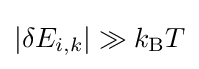
|\delta E_{i,k}|\gg k_{\rm {B}}T